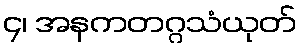
၄၊ အနကတဂ္ဂသံယုတ်